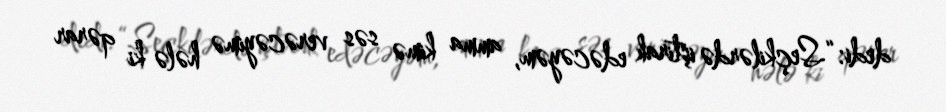
dedi: “Seçkilərdə iştirak edəcəyəm, amma kimə səs verəcəyimə hələ ki qərar